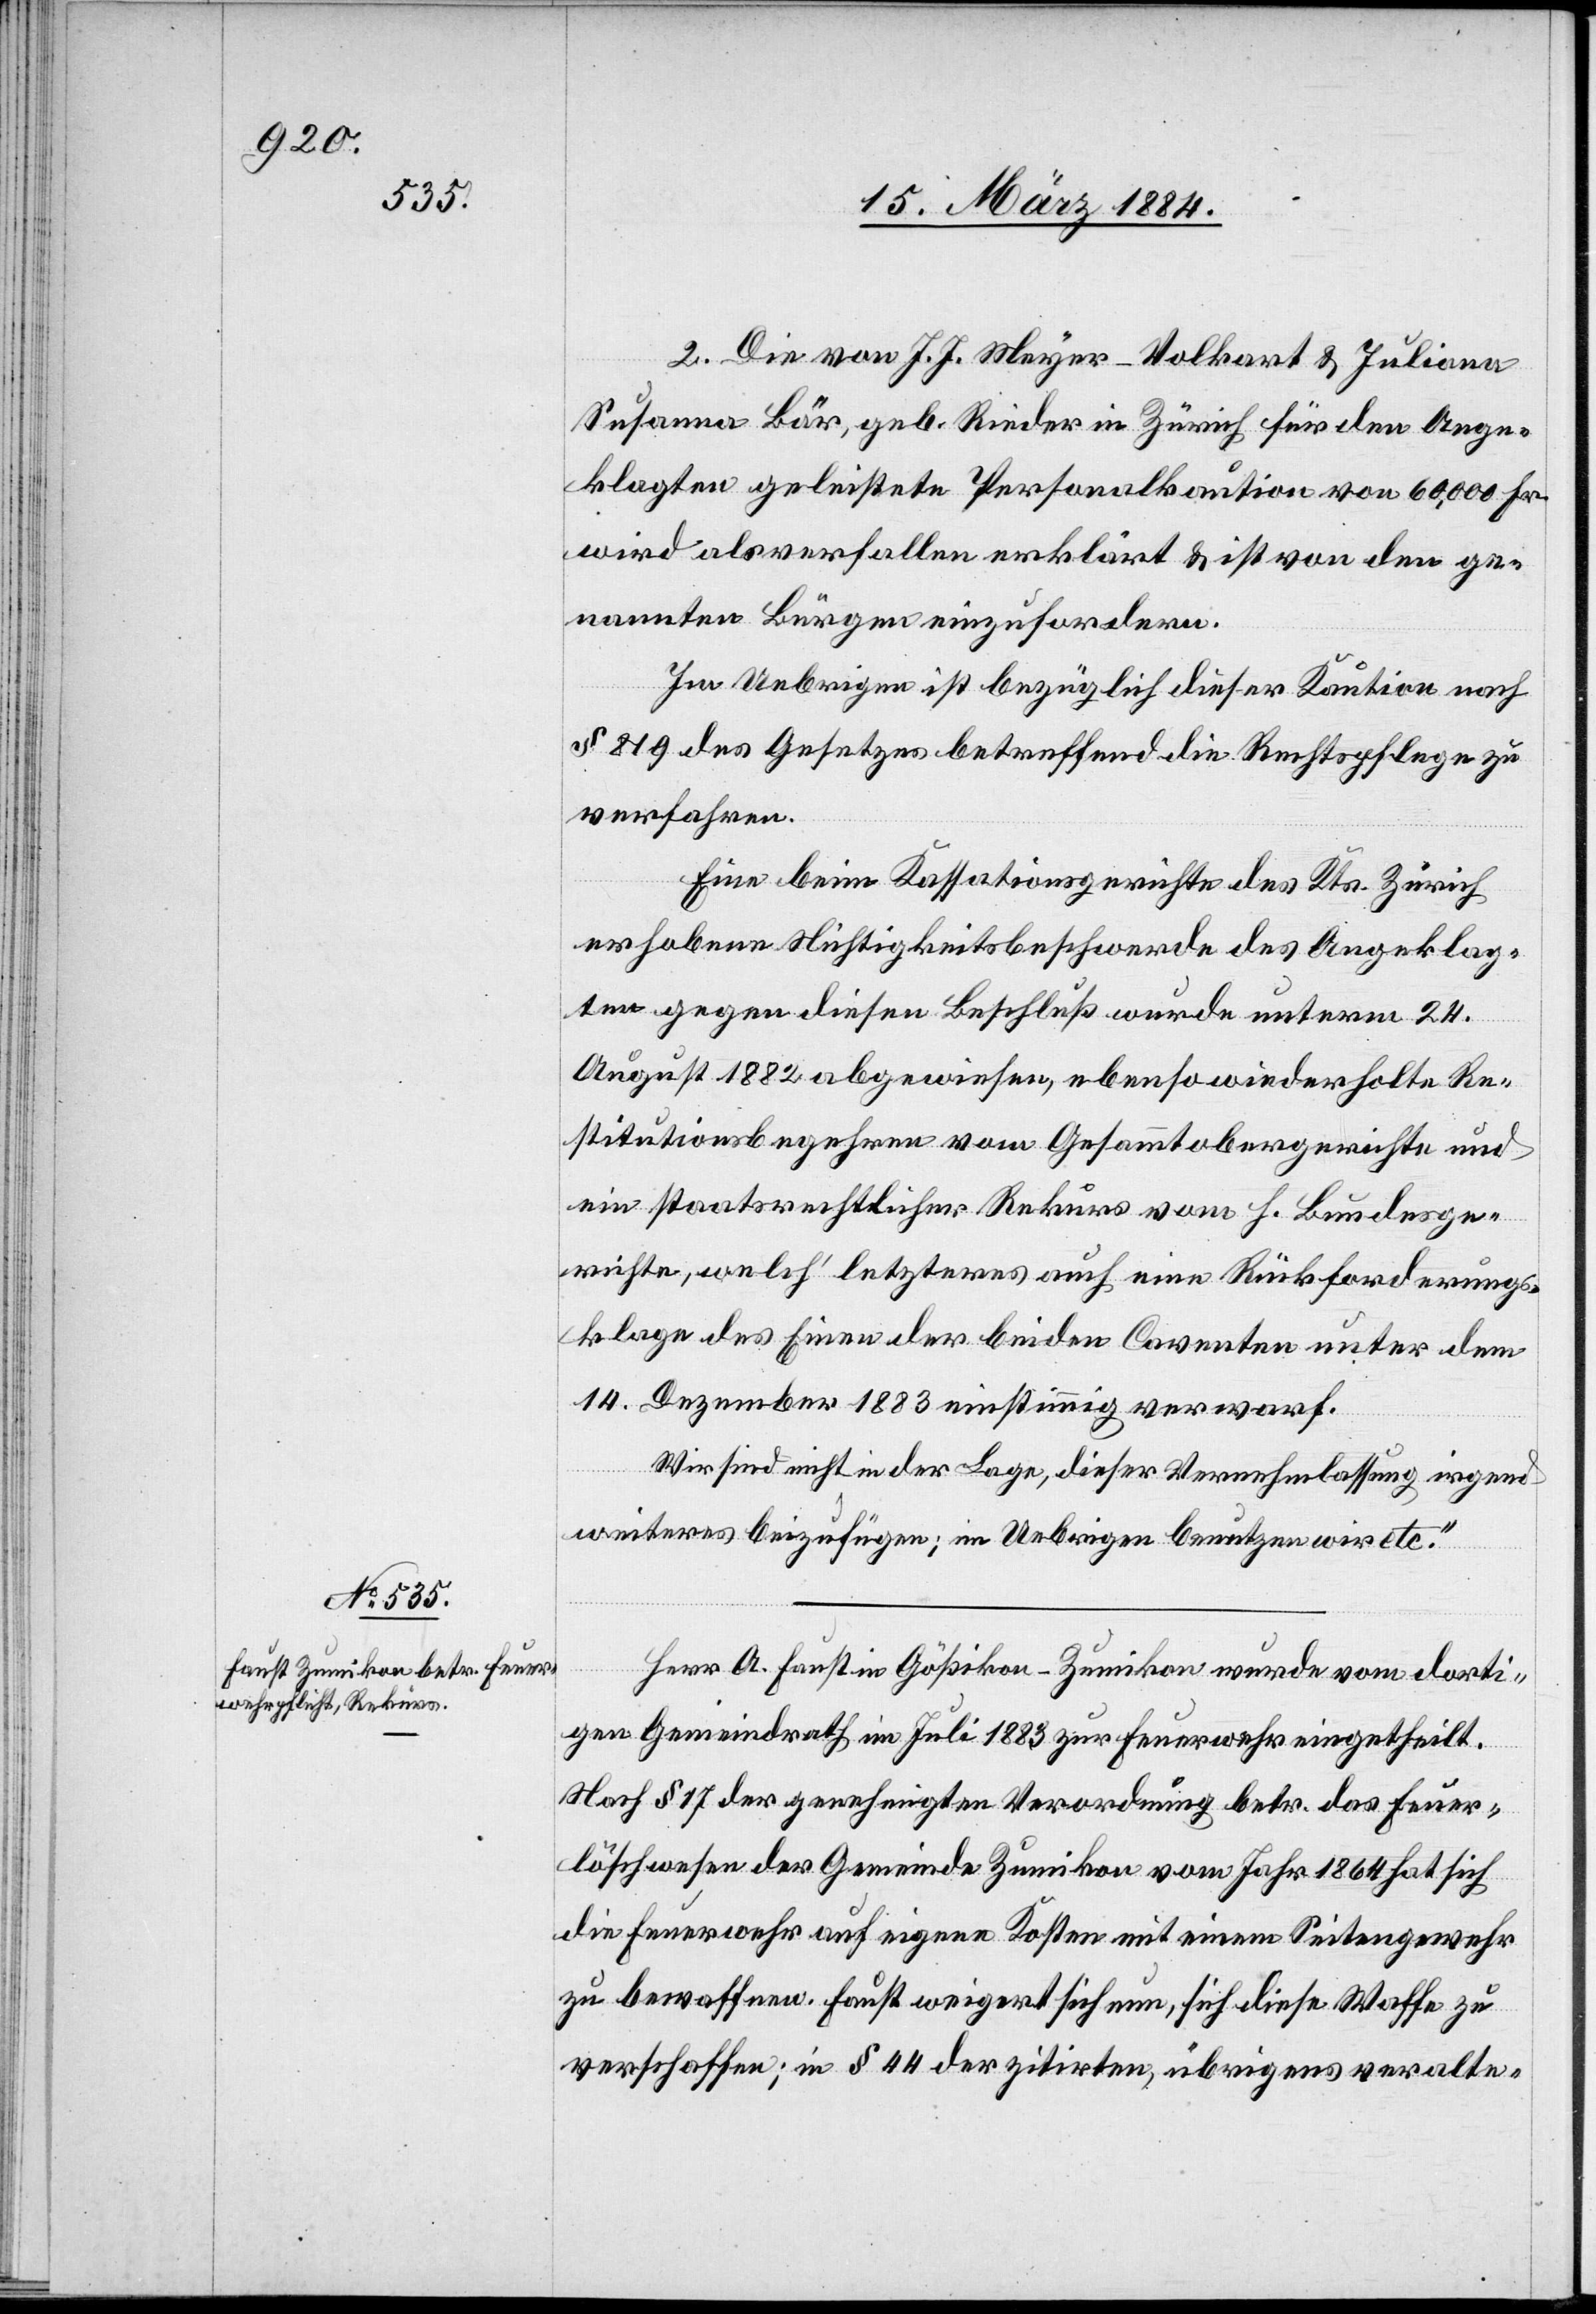
2. Die von J. J. Meyer-Volkart & Juliana
Susanna Bär, geb. Rieder in Zürich für den Ange¬
klagten geleistete Personalkaution von 60,000 Fr.
wird als verfallen erklärt & ist von den ge¬
nannten Bürgen einzufordern.
Im Uebrigen ist bezüglich dieser Kaution nach
§ 819 des Gesetzes betreffend die Rechtspflege zu
verfahren.
Eine beim Kassationsgerichte des Kts. Zürich
erhobenen Nichtigkeitsbeschwerde des Angeklag¬
ten gegen diesen Beschluß wurde unterm 24.
August 1882 abgewiesen, ebenso wiederholte Re¬
stitutionsbegehren vom Gesammtobergerichte und
ein staatsrechtlicher Rekurs vom h. Bundesge¬
richte, welch’ letzteres auch eine Rückforderungs¬
klage des Einen der beiden Caventen unter dem
14. Dezember 1883 einstimmig verwarf.
Wir sind nicht in der Lage, dieser Vernehmlassung irgend
weiteres beizufügen; im Uebrigen benutzen wir etc.“
Herr A. Faust in Gößikon - Zumikon wurde vom dorti¬
gen Gemeindrath im Juli 1883 zur Feuerwehr eingetheilt.
Nach § 17 der genehmigten Verordnung betr. das Feuer¬
löschwesen der Gemeinde Zumikon vom Jahr 1864 hat sich
die Feuerwehr auf eigene Kosten mit einem Seitengewehr
zu bewaffnen. Faust weigert sich nun, sich diese Waffe zu
verschaffen; in § 44 der zitirten, übrigens veralte-